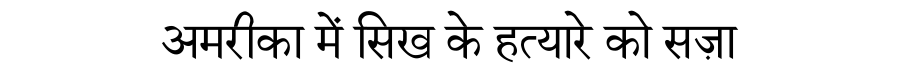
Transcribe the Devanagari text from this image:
अमरीका में सिख के हत्यारे को सज़ा